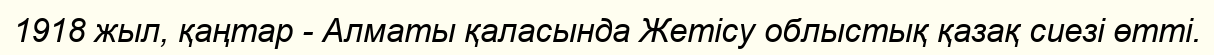
1918 жыл, қаңтар - Алматы қаласында Жетісу облыстық қазақ сиезі өтті.